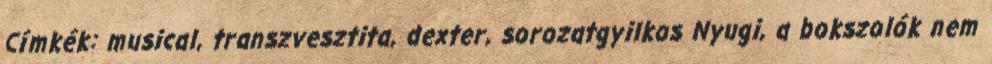
Címkék: musical, transzvesztita, dexter, sorozatgyilkos Nyugi, a bokszolók nem